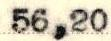
56,20